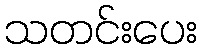
သတင်းပေး